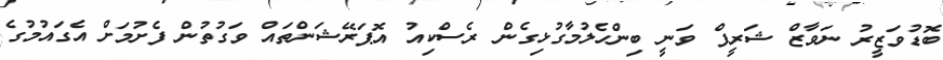
ބޮޑުވަޒީރު ނަވާޒް ޝަރީފް ވަނީ ބިންހެލުމާގުޅިގެން ރެސްކިއު އޮޕަރޭޝަންތައް ވަގުތުން ފެށުމަށް އެގައުމުގެ